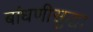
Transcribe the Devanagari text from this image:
बांधणीसुद्धा